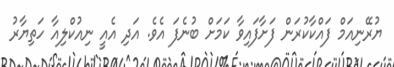
ޔުރޭނިއަމް ފައްކާކުރަން ފަށާފައިވާ ކަމަށް ބުނެފަ އެވެ. އަދި އެއީ ނިއުކްލިއާ ހަތިޔާރު